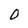
Character: 0